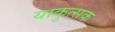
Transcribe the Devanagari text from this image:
याकुत्सक